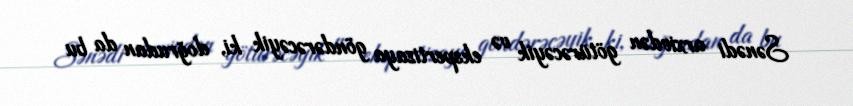
Sənədi arxivdən götürəcəyik və ekspertizaya göndərəcəyik ki, doğrudan da bu